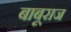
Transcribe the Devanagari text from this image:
बाबूराज